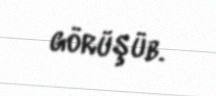
görüşüb.